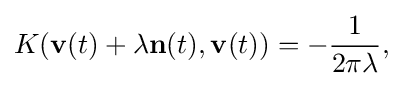
\displaystyle {K(\mathbf {v} (t)+\lambda \mathbf {n} (t),\mathbf {v} (t))=-{1 \over 2\pi \lambda },}